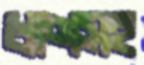
ঋণসহ